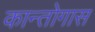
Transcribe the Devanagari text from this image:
कान्तोगास